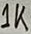
Text: 1K